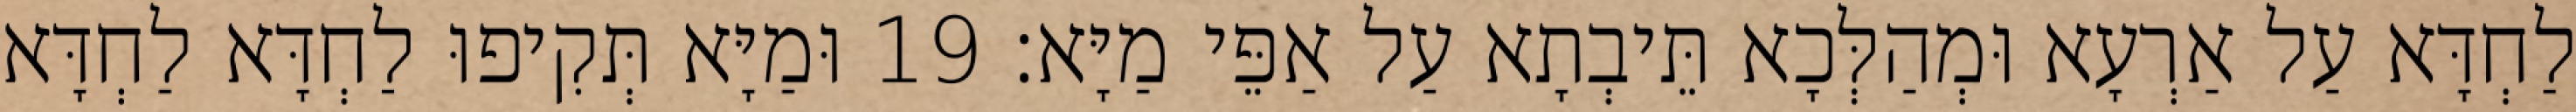
לַחְדָּא עַל אַרְעָא וּמְהַלְּכָא תֵּיבְתָא עַל אַפֵּי מַיָּא׃ 19 וּמַיָּא תְּקִיפוּ לַחְדָּא לַחְדָּא